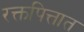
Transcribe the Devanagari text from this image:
रक्तपित्तात